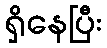
ရှိနေပြီး